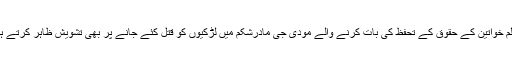
مسلم خواتین کے حقوق کے تحفظ کی بات کرنے والے مودی جی مادرشکم میں لڑکیوں کو قتل کئے جانے پر بھی تشویش ظاہر کرتے ہیں۔